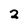
Character: 2